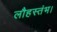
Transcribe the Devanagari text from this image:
लौहस्तंभ।